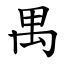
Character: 禺